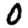
Digit: 0